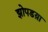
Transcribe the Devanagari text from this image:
झोपडय़ा